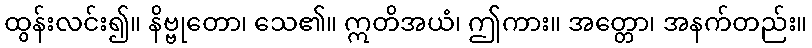
ထွန်းလင်း၍။ နိဗ္ဗုတော၊ သေ၏။ ဣတိအယံ၊ ဤကား။ အတ္တော၊ အနက်တည်း။